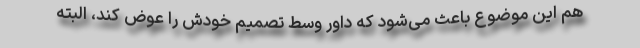
هم این موضوع باعث می‌شود که داور وسط تصمیم خودش را عوض کند، البته